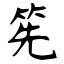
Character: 筅